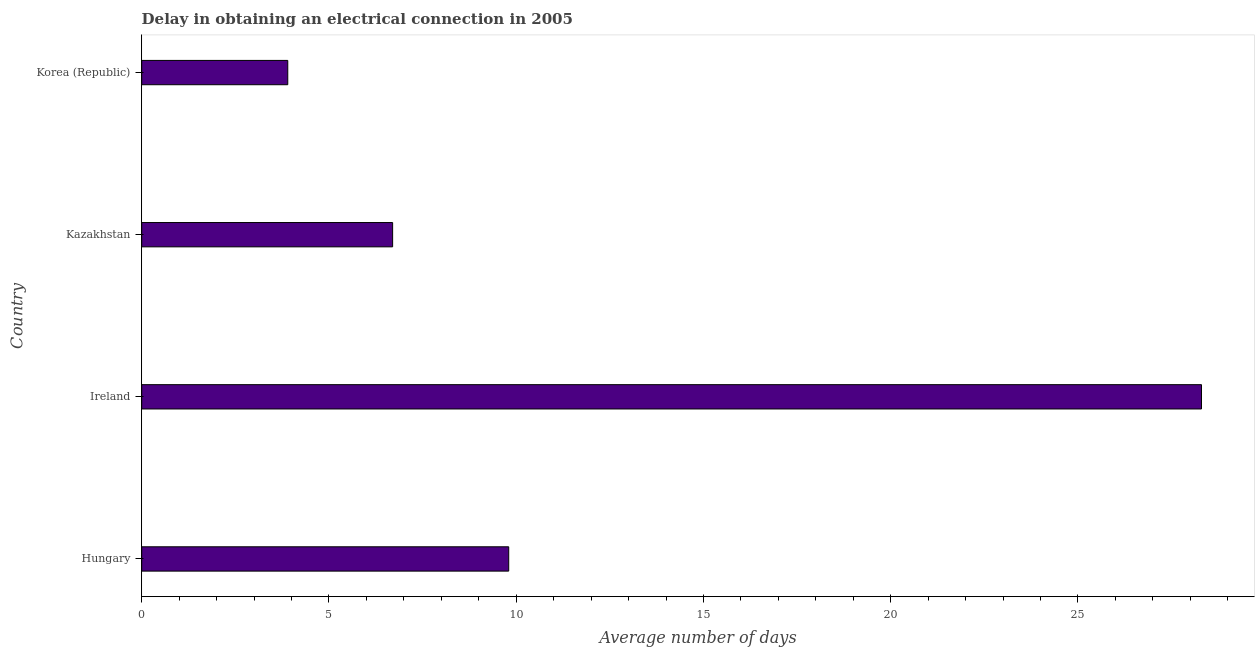
| Country | Dalay in Electrical connection |
 | --- | --- |
 | Hungary | 9.8 |
 | Ireland | 28.3 |
 | Kazakhstan | 6.7 |
 | Korea (Republic) | 3.9 |